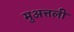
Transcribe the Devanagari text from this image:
मुअत्तली